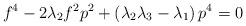
LaTeX: \begin{align*}f^{4}-2\lambda _{2}f^{2}p^{2}+\left( \lambda _{2}\lambda _{3}-\lambda_{1}\right) p^{4}=0 \end{align*}